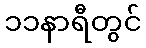
၁၁နာရီတွင်